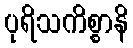
ပုရိသကိစ္စာနိ